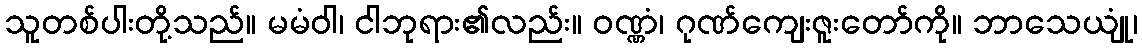
သူတစ်ပါးတို့သည်။ မမံဝါ၊ ငါဘုရား၏လည်း။ ဝဏ္ဏံ၊ ဂုဏ်ကျေးဇူးတော်ကို။ ဘာသေယျုံ၊